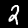
Label: 2